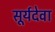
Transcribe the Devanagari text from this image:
सूर्यदेवा